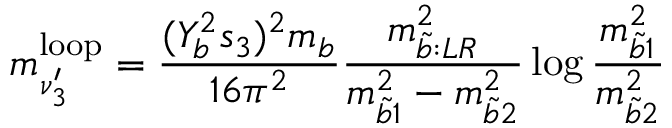
m _ { \nu _ { 3 } ^ { \prime } } ^ { \mathrm { { l o o p } } } = \frac { ( Y _ { b } ^ { 2 } s _ { 3 } ) ^ { 2 } m _ { b } } { 1 6 \pi ^ { 2 } } \frac { m _ { \tilde { b } : L R } ^ { 2 } } { m _ { \tilde { b } 1 } ^ { 2 } - m _ { \tilde { b } 2 } ^ { 2 } } \log { \frac { m _ { \tilde { b } 1 } ^ { 2 } } { m _ { \tilde { b } 2 } ^ { 2 } } }